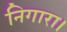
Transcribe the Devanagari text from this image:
निगारा।